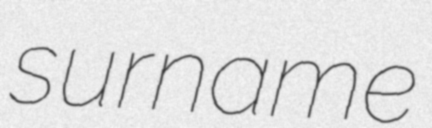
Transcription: surname